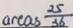
a r c a s \frac { 2 5 } { 3 6 }